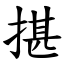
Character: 揕